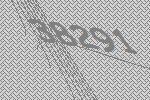
38291